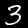
Label: 3